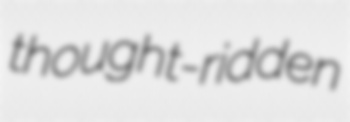
thought-ridden